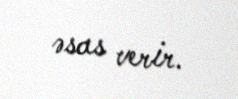
əsas verir.